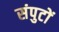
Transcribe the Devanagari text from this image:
संपुटों